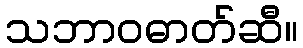
သဘာဝဓာတ်ဆီ။